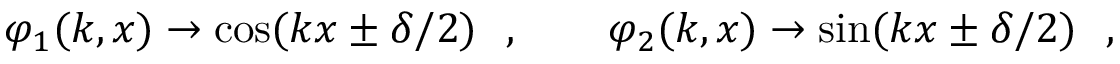
\varphi _ { 1 } ( k , x ) \to \cos ( k x \pm \delta / 2 ) \ \ , \qquad \varphi _ { 2 } ( k , x ) \to \sin ( k x \pm \delta / 2 ) \ \ ,